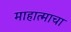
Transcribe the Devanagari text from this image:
माहात्माचा